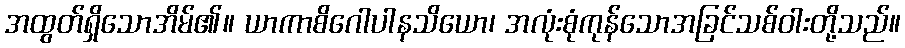
အထွတ်ရှိသောအိမ်၏။ ယာကာစိဂေါပါနသိယော၊ အလုံးစုံကုန်သောအခြင်သစ်ဝါးတို့သည်။